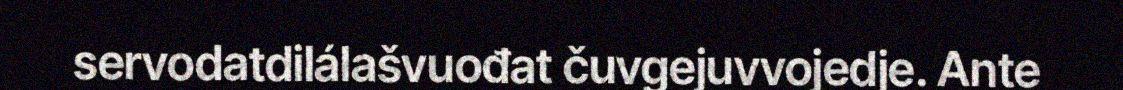
servodatdilálašvuođat čuvgejuvvojedje. Ante